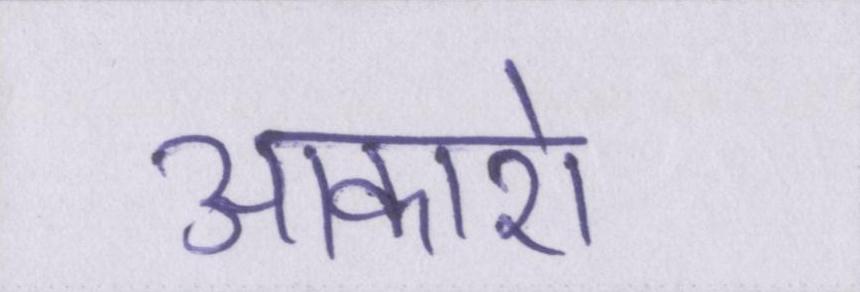
आकाशे